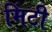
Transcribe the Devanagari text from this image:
मिंटी